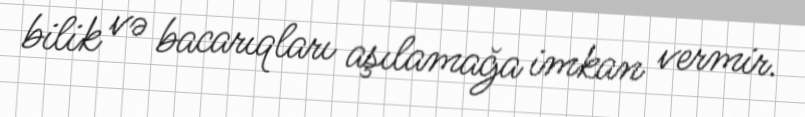
bilik və bacarıqları aşılamağa imkan vermir.